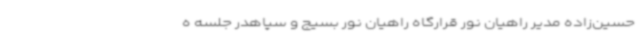
حسین‌زاده مدیر راهیان نور قرارگاه راهیان نور بسیج و سپاهدر جلسه ه